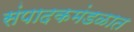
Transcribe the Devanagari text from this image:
संपादकमंडळात